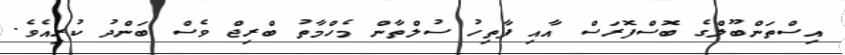
އިސްތަންބޫލްގެ ބޮސްފޮރަސް އާއި ފާތިހު ސުލްތާން މެހްމާތު ބްރިޖް ވެސް ބަންދު ކުރިއެވެ.